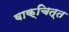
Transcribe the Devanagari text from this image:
वाक्चित्त